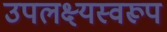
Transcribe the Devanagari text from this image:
उपलक्ष्यस्वरूप